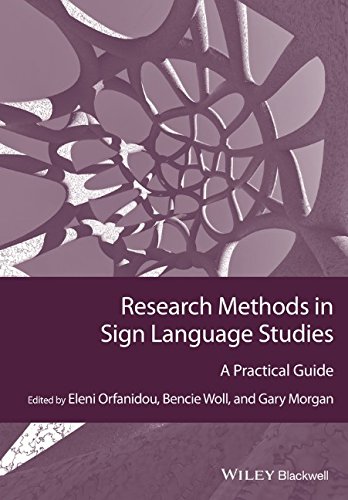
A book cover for Research Methods in Sign Language Studies: A Practical Guide (GMLZ - Guides to Research Methods in Language and Linguistics); Eleni Orfanidou; Reference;